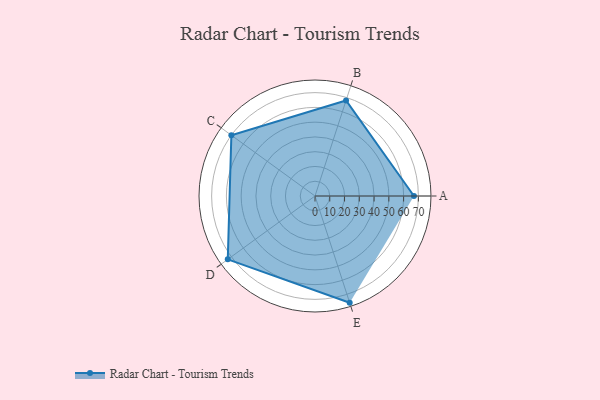
{"axis": {"x": "Skill", "y": "Score"}, "legend": ["Profile"], "data": [{"x": "A", "y": 67.0, "type": "Profile"}, {"x": "B", "y": 68.0, "type": "Profile"}, {"x": "C", "y": 70.0, "type": "Profile"}, {"x": "D", "y": 73.0, "type": "Profile"}, {"x": "E", "y": 76.0, "type": "Profile"}]}